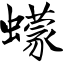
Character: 蠓